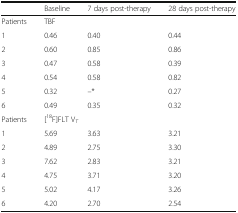
|  | Baseline | 7 days post-therapy | 28 days post-therapy |
 | --- | --- | --- | --- |
 | Patients | <COLSPAN=3> TBF |
 | 1 | 0.46 | 0.40 | 0.44 |
 | 2 | 0.60 | 0.85 | 0.86 |
 | 3 | 0.47 | 0.58 | 0.39 |
 | 4 | 0.54 | 0.58 | 0.82 |
 | 5 | 0.32 | –* | 0.27 |
 | 6 | 0.49 | 0.35 | 0.32 |
 | Patients | <COLSPAN=3> [18F]FLT VT |
 | 1 | 5.69 | 3.63 | 3.21 |
 | 2 | 4.89 | 2.75 | 3.30 |
 | 3 | 7.62 | 2.83 | 3.21 |
 | 4 | 4.75 | 3.71 | 3.20 |
 | 5 | 5.02 | 4.17 | 3.26 |
 | 6 | 4.20 | 2.70 | 2.54 |